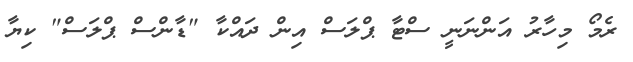
ރެމޯ މިހާރު އަންނަނީ ސްޓާ ޕްލަސް އިން ދައްކާ "ޑާންސް ޕްލަސް" ކިޔާ